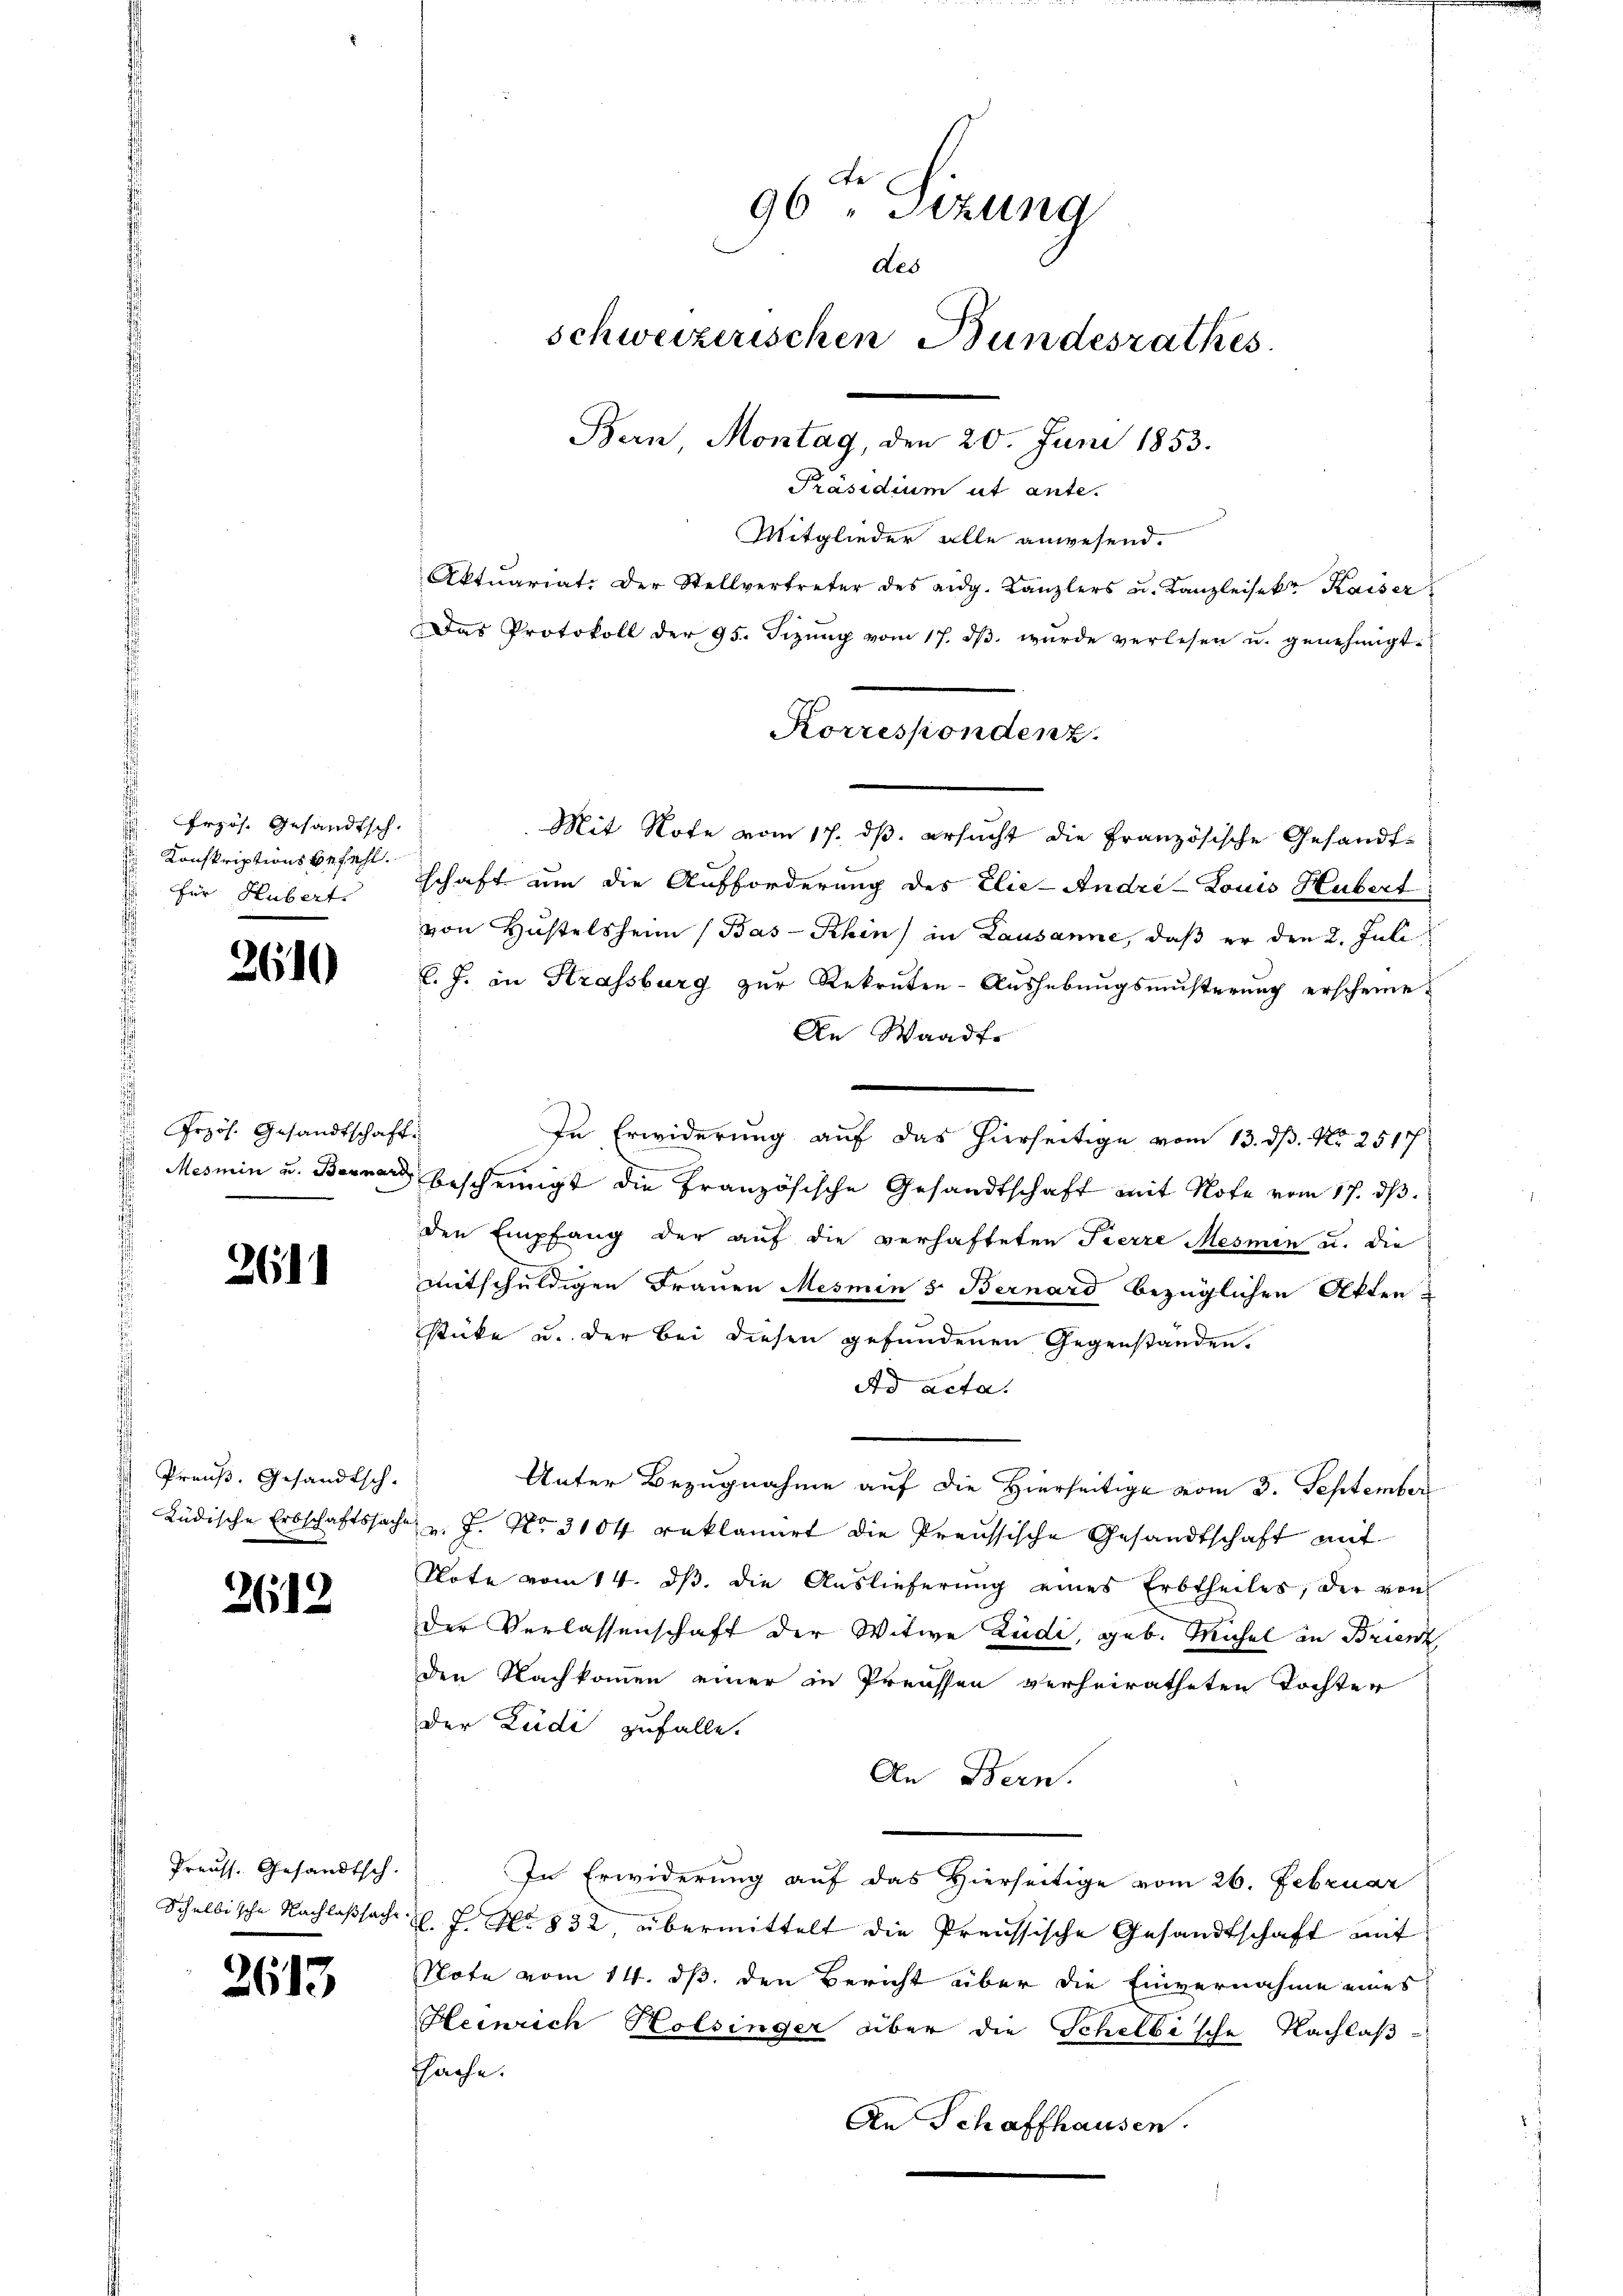
Erzös. Gesandtsch.
 Konskriptionsbefehl.
 für Hubert.

2610

Przös. Gesandtschaft
Mesmin u. Bruner

261

Preuß. Gesandtsch-
Lüdische Erbschaftssache

2612

Preuss. Gesandtsch
Schellische Nachlaßsache.

2613

96 " Sizung
des
schweizerischen Bundesrathes.
Bern Montag, den 20. Juni 1853.
Präsidium ut ante.

Mitglieder alle anwesend.
Aktuariat. Der Stellvertreter des eidg. Kanzlers u. Kanzleisekr. Kaiser
Das Protokoll der 95. Fizŭng vom 17. dβ. wurde verlesen u. genehmigt.
Mit Rote vom 17. dβ. ersucht die Französische Gesandtschaft um die Aufforderung des Elie- Andri-Louis Hubert
von Hustelsheim (Bas-Rhin) in Lausanne, daß er den 2. Juli
l. J. in Strassburg zur Rekruten-Aushebungsmusterung erscheine.
An Waadt
In Erwiderung auf das hierseitige vom 13. dß. Nr. 2517
bescheinigt die Französische Gesandtschaft mit Note vom 17. ds.
den Empfang der auf die verhafteten Fierze Mesmen u. die
mitschuldigen Frauen Mesmen 5. Bernard bezüglichen Akten
stücke u. der bei diesen gefundenen Gegenstanden.
Ad acta.
Unter Bezugnahme auf die Hierseitige vom 3. September
v. J. No 3104 reklamirt die Preussische Gesandtschaft mit
Note vom 14. dβ. die Auslieferung eines Erbtheiles, der von
der Verlassenschaft der Witwe Zudi, geb. Michel an Brienz
den Nachkommen einer in Preissen verheiratheten Tochter
der Zudi zufalle.
An Bern.
In Erwiderung auf das Hierseitige vom 26. Februar
B. J. No. 832. übermittelt die Preussische Gesandtschaft mit
Note vom 14. ds. den Bericht über die Einvernahme eines
Heinrich Holsinger über die Schelbische Nachlaß
tsache.
An Schaffhausen.

Korrespondenz.